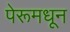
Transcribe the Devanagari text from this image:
पेरूमधून